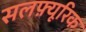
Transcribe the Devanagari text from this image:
सलफ़्यूरिक